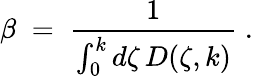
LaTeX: \beta\; =\; {\frac{1}{\int_{0}^{k}d\zeta\, D(\zeta,k)}}\; .